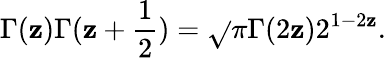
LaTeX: \Gamma(\mathbf{z})\Gamma(\mathbf{z}+\frac{1}{2})=\sqrt{}{{\pi}}\Gamma(2\mathbf{z})2^{1-2\mathbf{z}}.